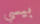
بيسي